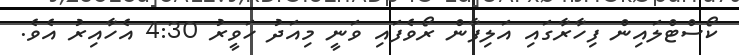
ކޯސްޓްލައިން ފިހާރާގައި އަލިފާން ރޯވެފައި ވަނީ މިއަދު ހަވީރު 4:30 އެހާއިރު އެވެ.